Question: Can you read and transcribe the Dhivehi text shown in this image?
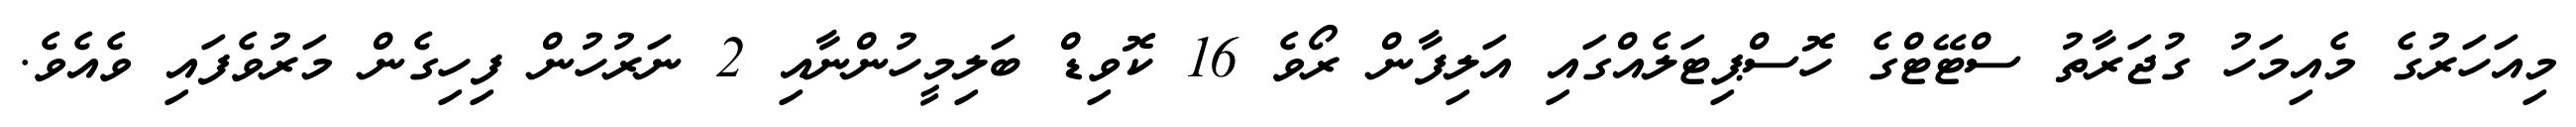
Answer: މިއަހަރުގެ މެއިމަހު ގުޖަރާތު ސްޓޭޓްގެ ހޮސްޕިޓަލެއްގައި އަލިފާން ރޯވެ 16 ކޮވިޑް ބަލިމީހުންނާއި 2 ނަރުހުން ފިހިގެން މަރުވެފައި ވެއެވެ.